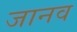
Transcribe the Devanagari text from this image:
जानव